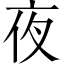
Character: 夜